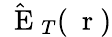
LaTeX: \hat{\mathrm{~\mathbf~E~}}_{T}(\mathrm{~\mathbf~r~})